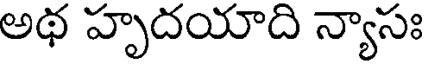
అథ హృదయాది న్యాసః